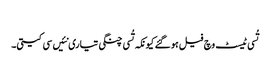
‏
تُسی ٹیسٹ وچ فیل ہو گئے کیونکہ تُسی چنگی تیاری نئیں سی کیتی۔